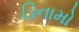
ડિનામો